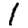
Digit: 1